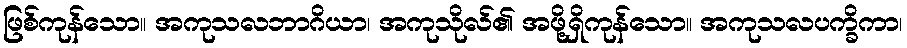
ဖြစ်ကုန်သော။ အကုသလဘာဂိယာ၊ အကုသိုလ်၏ အဖို့ရှိကုန်သော။ အကုသလပက္ခိကာ၊